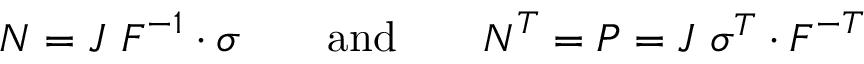
{ \boldsymbol { N } } = J ~ { \boldsymbol { F } } ^ { - 1 } \cdot { \boldsymbol { \sigma } } \qquad { \mathrm { a n d } } \qquad { \boldsymbol { N } } ^ { T } = { \boldsymbol { P } } = J ~ { \boldsymbol { \sigma } } ^ { T } \cdot { \boldsymbol { F } } ^ { - T }